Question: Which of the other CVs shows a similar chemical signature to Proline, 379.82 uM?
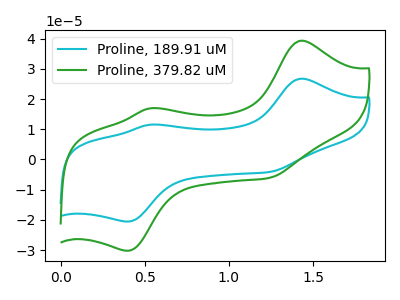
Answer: <think>The cyan curve "Proline, 189.91 uM" has anodic peaks at (1.45V, 26.75uA) (0.55V, 11.50uA) and cathodic peaks at (0.40V, -20.55uA) (1.25V, -4.10uA). The green curve "Proline, 379.82 uM" has anodic peaks at (1.45V, 39.30uA) (0.55V, 16.90uA) and cathodic peaks at (0.40V, -30.20uA) (1.25V, -6.05uA).
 All the peaks in "Proline, 189.91 uM" have a peak in "Proline, 379.82 uM" at the same potential. Every peak in "Proline, 189.91 uM" is lower than every peak in "Proline, 379.82 uM".</think>
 <answer>The CV with the most similar shape to "Proline, 189.91 uM" is "Proline, 379.82 uM".</answer>
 <eval>"Proline, 379.82 uM"</eval>